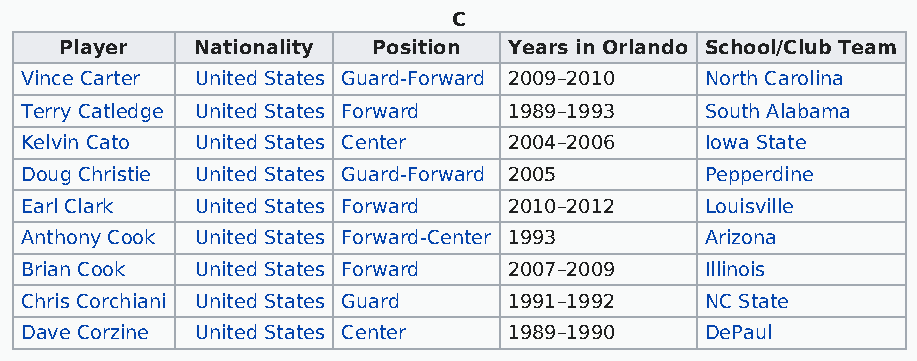
C
 Player   Nationality Position Years in Orlando School/Club Team
 Vince Carter United States Guard-Forward 2009–2010 North Carolina
 Terry Catledge United States Forward 1989–1993 South Alabama
 Kelvin Cato United States Center 2004–2006    Iowa State
 Doug Christie United States Guard-Forward 2005 Pepperdine
 Earl Clark  United States Forward 2010–2012   Louisville
 Anthony Cook United States Forward-Center 1993 Arizona
 Brian Cook  United States Forward 2007–2009   Illinois
 Chris Corchiani United States Guard 1991–1992 NC State
 Dave Corzine United States Center 1989–1990   DePaul